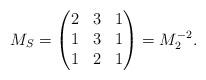
LaTeX: \begin{align*}M_S = \begin{pmatrix}2&3&1\\1&3&1\\1&2&1\end{pmatrix} = M_2^{-2}.\end{align*}